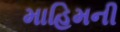
માહિમની